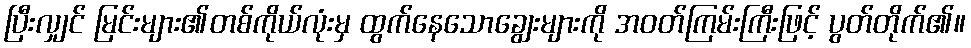
ပြီးလျှင် မြင်းများ၏တစ်ကိုယ်လုံးမှ ထွက်နေသောချွေးများကို အဝတ်ကြမ်းကြီးဖြင့် ပွတ်တိုက်၏။